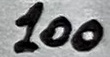
Text: 100